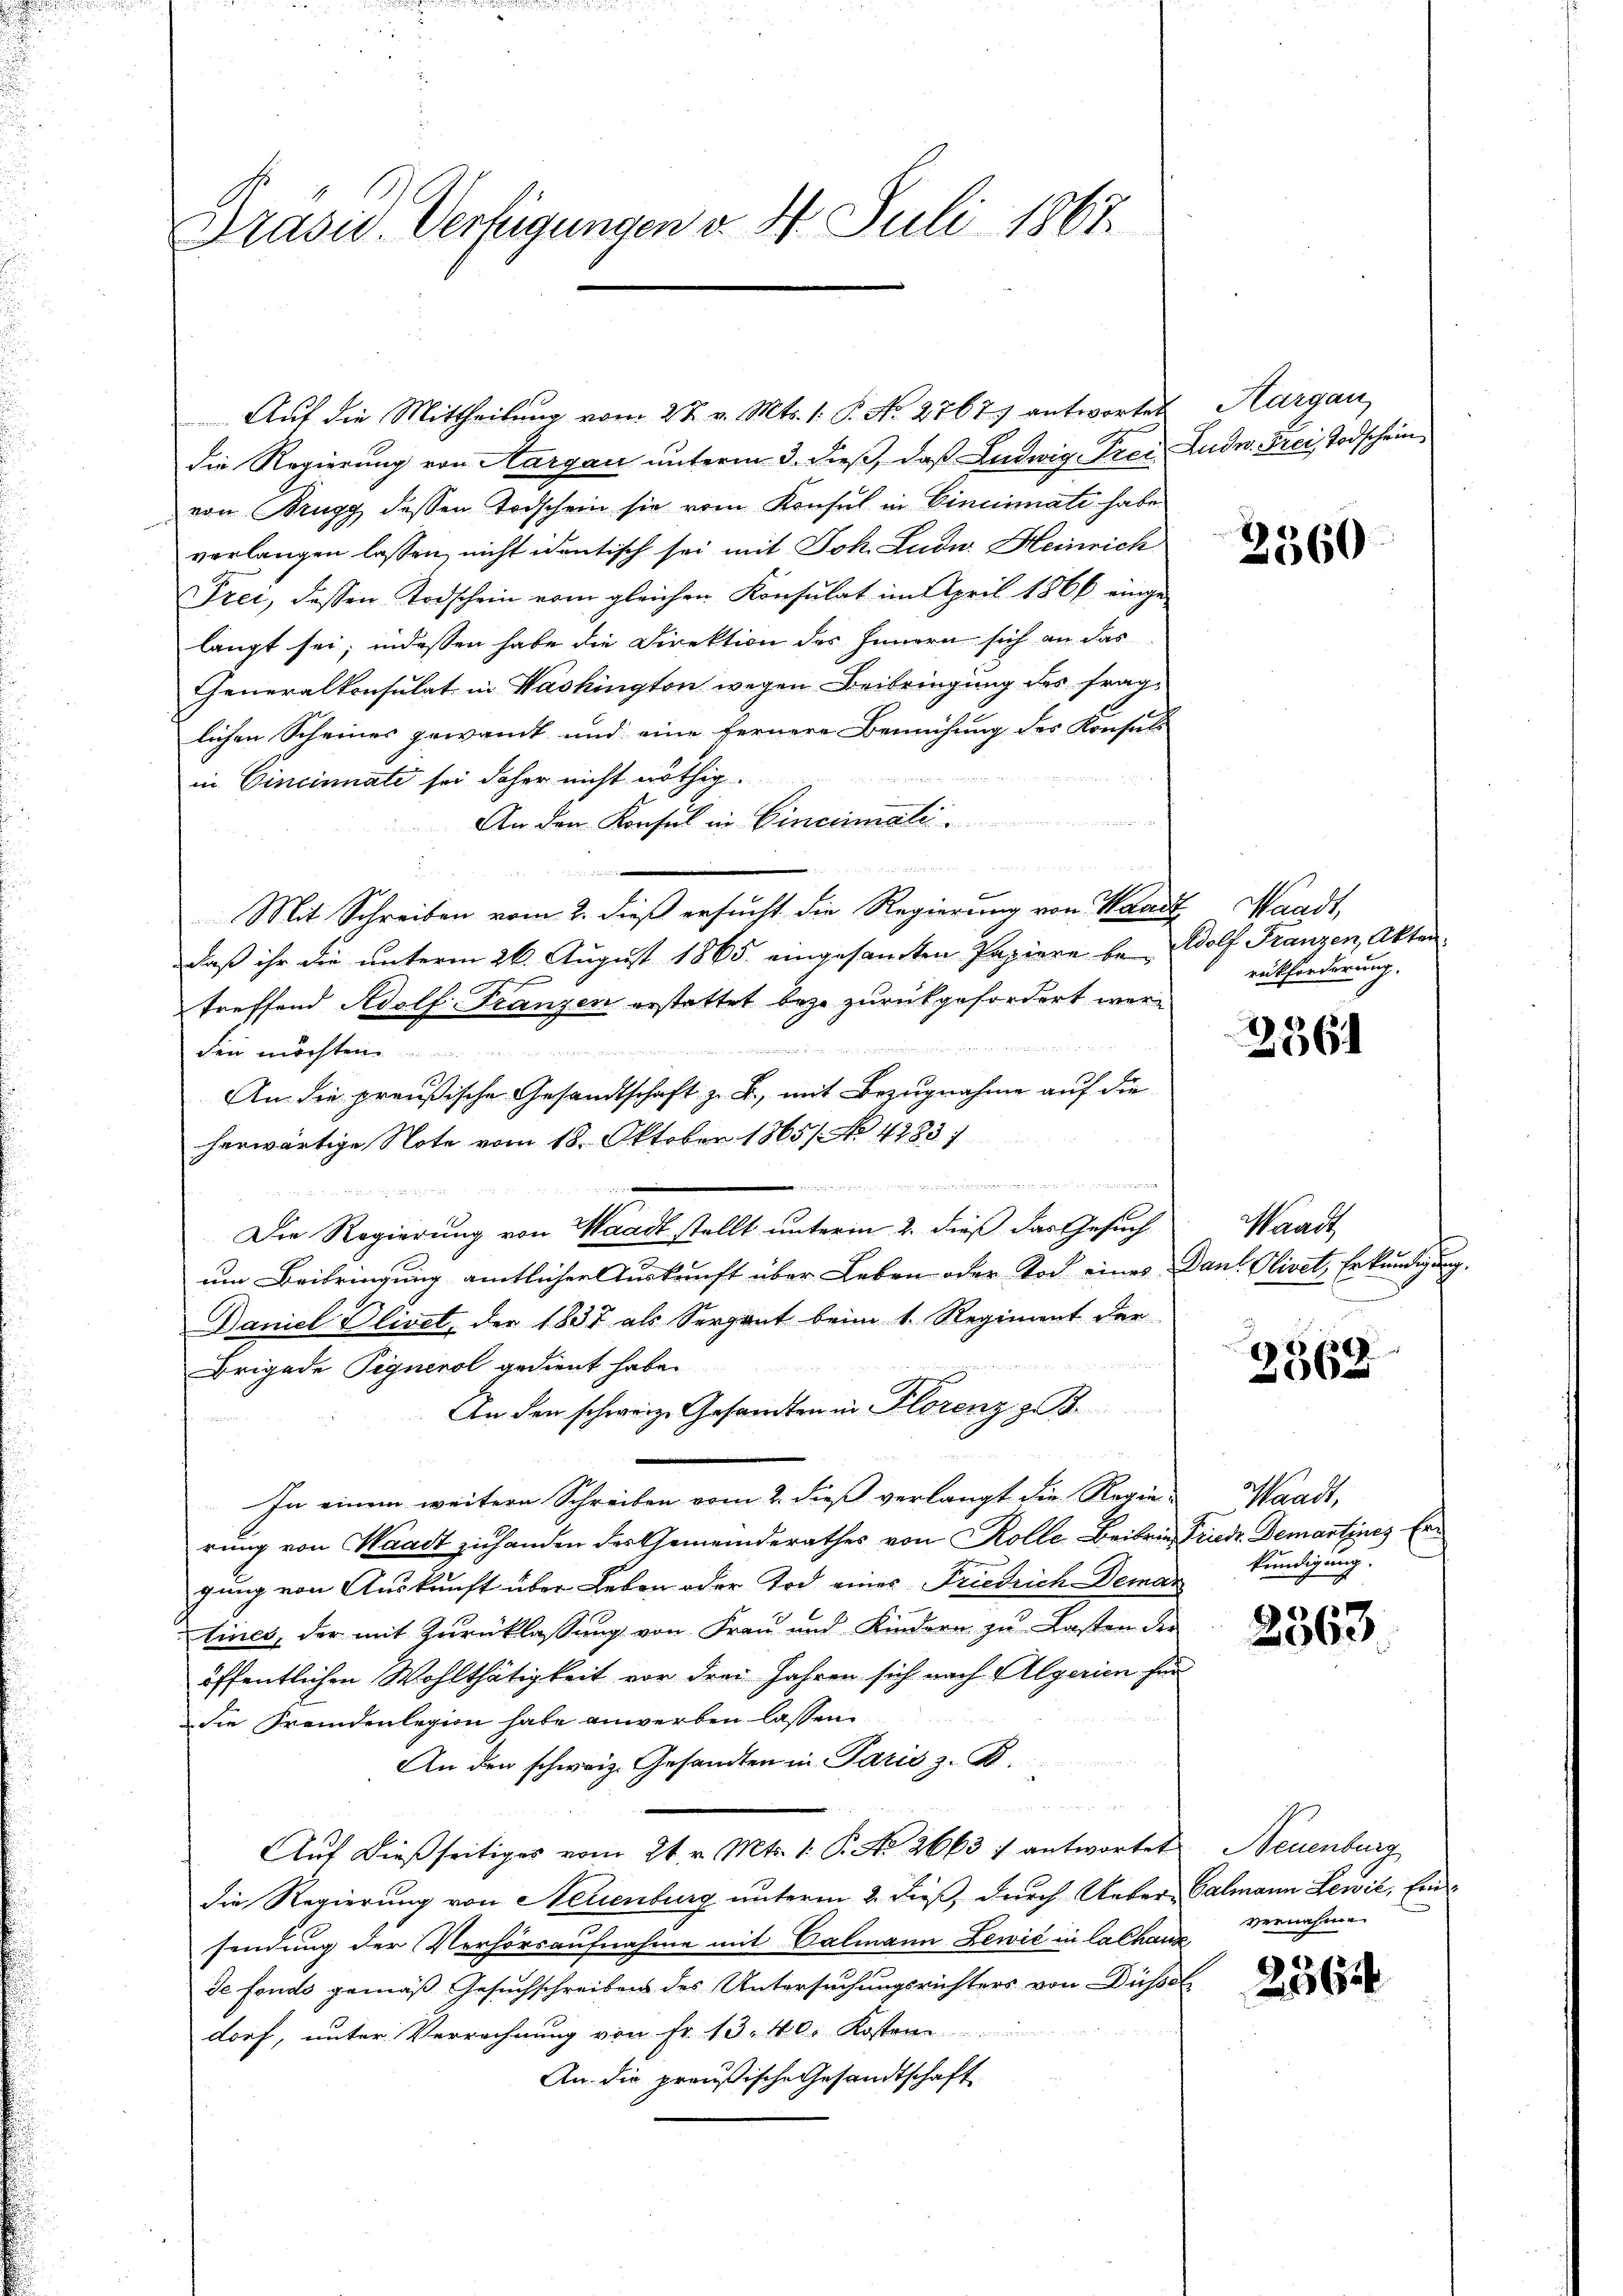
Präsid. Verfügungen v. 4. Juli 1867

Auf die Mittheilung vom 27. v. Mts. 1. P. N. 2767 antwortet
die Regierung von Aargau unterm 3. dieß, daß Ludwig Freivon Brugg dessen Todschein sie vom Konsul in Cincinati habe
verlangen lassen, nicht identisch sei mit Joh. Ludw. Heinrich
Frei, dessen Todschein vom gleichen Konsulat im April 1866 einge-
langt sei; indessen habe die Direktion des Innern sich an das
Generalkonsulat in Washington wegen Beibringung des fraglichen Scheines gewandt und eine fernere Bemühung des Konsuls
in Cincinnate sei daher nicht nöthig.
An den Konsul in Cincinmalit
Mit Schreiben vom 2. dieß ersucht die Regierung von Waar
daß ihr die unterm 26. August 1865 eingesandten Papiere be- Wolf Franzen, Aktentreffend Adolf Franzen erstattet beze zurückgefordert werden möchten
An die preußische Gesandtschaft z. B., mit Bezugnahme auf die
herwärtige Note vom 18. Oktober 1865 No 4283)
 gesehenden wenn in und errenann
Die Regierung von Waadt stellt unterm 2. dieß das Gesuch
um Beibringung amtlicher Auskunft über Leben oder Tod eines
Daniel Olivet, der 1837 als Serpent beim 1. Regiment der
Brigade Pignerol gedient habe.
An den schweiz. Gesandten in Florenz zi
In einem weitere Schreiben vom 2. dieß verlangt die Regie-
rung von Waadt zuhanden des Gemeinderathes von Kolle Beibriegung von Auskunft über Leben oder Tod eines Friedrich Demar
tines, der mit Zurücklassung von Frau und Kindern zu Kasten der
öffentlichen Wohlthätigkeit vor drei Jahren sich nach Algerien hin
die Fremdenlegion habe anwerben lassen.
An den schweiz. Gesandten in Paris z. B.
Aŭf dieβ seitiges vom 21. v. Mts. 1. P. No 2663 f antwortet Neuenburg
die Regierung von Neuenburg unterm 2. dieß, durch Ueber-
sendung der Verhörsaufnahme mit Valmann Lewić in la chande fonds gemäß Gesuchschreibens des Untersuchungsrichters von Düsse
2
dorf, unter Verrechnung von Fr. 13. 40. Kosten
An die preußische Gesandtschaft

Aargau,
Ludw. Frei Todschein

2560

Waadt,
rückforderung.

236

Waadt
Dan Olivet Erkundigung.

3369

Waadt,
Friedr. Gemarfing Ern
kündigung.

2363

Calmann Lewil, Ein
vernahme.
t

2567